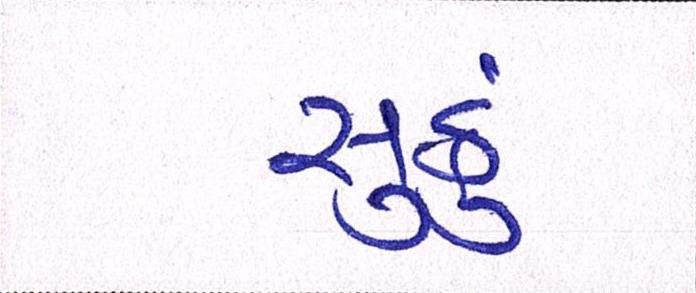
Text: સુકું